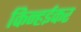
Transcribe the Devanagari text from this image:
किन्हईकर